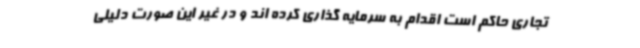
تجاری حاکم است اقدام به سرمایه گذاری کرده اند و در غیر این صورت دلیلی